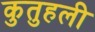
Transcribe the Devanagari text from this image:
कुतुहली